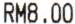
RM8.00